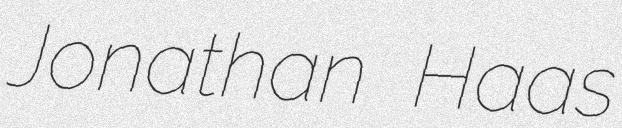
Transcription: Jonathan Haas